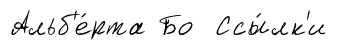
Альб'е́рта Бо Ссы́лк'и